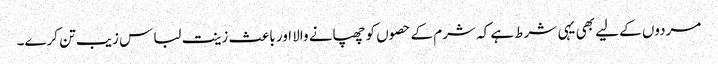
مردوں کے لیے بھی یہی شرط ہے کہ شرم کے حصوں کو چھپانے والا اور باعث زینت لباس زیب تن کرے۔